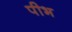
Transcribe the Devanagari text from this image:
पीभ